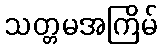
သတ္တမအကြိမ်